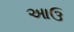
આઉ